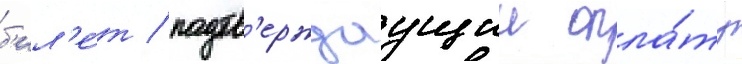
б'ил'е́т / подтв'ерждаущии опла́ту